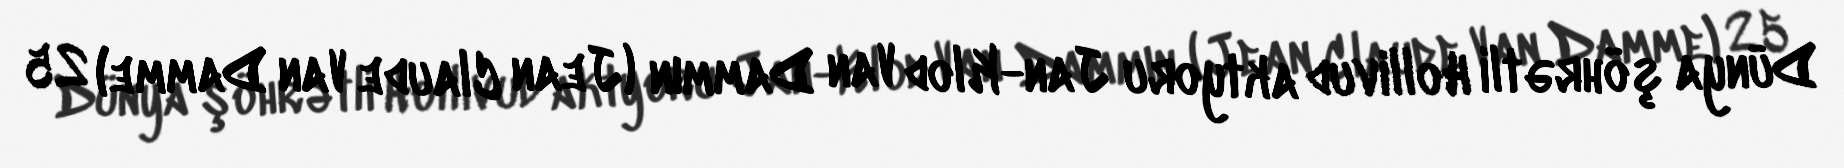
Dünya şöhrətli Hollivud aktyoru Jan-Klod Van Dammın (Jean Claude Van Damme) 25